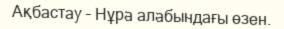
Ақбастау – Нұра алабындағы өзен.